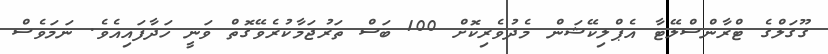
ގޫގަލްގެ ޓްރާންސްލޭޓާ އެޕްލިކޭޝަން މެދުވެރިކޮށް 100 ބަސް ތަރުޖަމާކުރެވޭގޮތް ވަނީ ހަދާފައިއެވެ. ނަމަވެސް